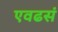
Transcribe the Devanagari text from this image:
एवढसं